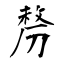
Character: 剺